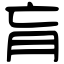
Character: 肓